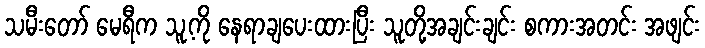
သမီးတော် မေရီက သူ့ကို နေရာချပေးထားပြီး သူတို့အချင်းချင်း စကားအတင်း အဖျင်း